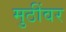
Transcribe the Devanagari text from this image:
मुठींवर